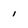
Character: 1